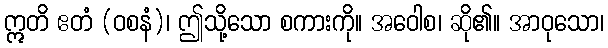
ဣတိ ဧတံ (ဝစနံ)၊ ဤသို့သော စကားကို။ အဝေါစ၊ ဆို၏။ အာဝုသော၊